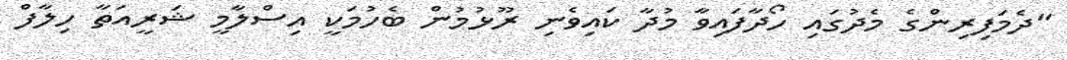
"ދެމަފިރިންގެ މެދުގައި ހޯދާފައިވާ މުދާ ކައިވެނި ރޫޅުމުން ބެހުމަކީ އިސްލާމީ ޝަރީއަތާ ހިލާފް